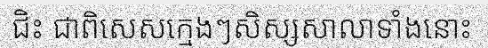
ជិះ ជាពិសេសក្មេងៗសិស្សសាលាទាំងនោះ